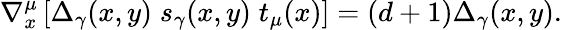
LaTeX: \nabla_{x}^{\mu}\left[\Delta_{\gamma}(x,y)\; s_{\gamma}(x,y)\; t_{\mu}(x)\right]=(d+1)\Delta_{\gamma}(x,y).